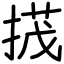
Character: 𢰝